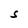
Character: S